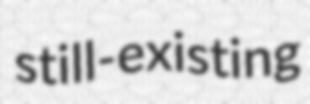
still-existing